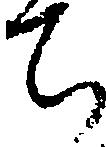
ち